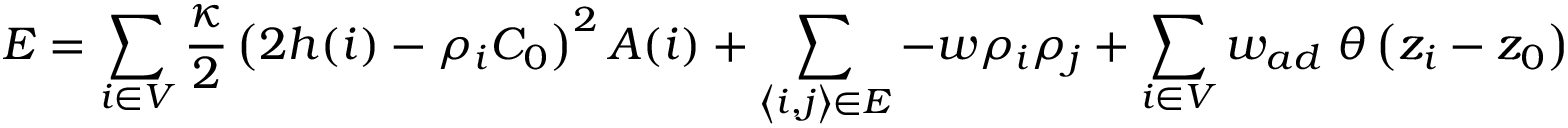
E = \sum _ { i \in V } \frac { \kappa } { 2 } \left( 2 h ( i ) - \rho _ { i } C _ { 0 } \right) ^ { 2 } A ( i ) + \sum _ { \left\langle i , j \right\rangle \in E } - w \rho _ { i } \rho _ { j } + \sum _ { i \in V } w _ { a d } \; \theta \left( z _ { i } - z _ { 0 } \right)